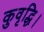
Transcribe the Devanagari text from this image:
कुवृद्धि।